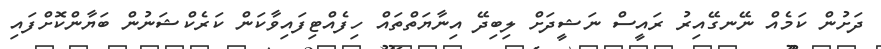
ދަށުން ކަމެއް ނޭނގޭއިރު ރައީސް ނަޝީދަށް ލިބިދޭ އިނާޔަތްތައް ހިފެއްޓިފައިވާކަން ކަރެކްޝަނުން ބަޔާންކޮށްފައި